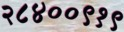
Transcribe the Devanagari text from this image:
२८४००९१९